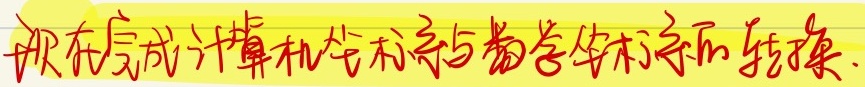
现在完成计算机坐标系与数学坐标系的转换.